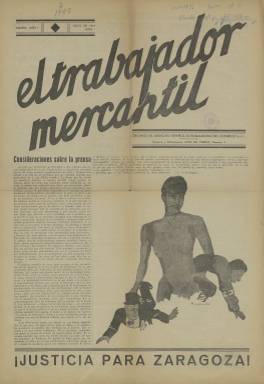
Título: El Trabajador mercantil
Colección: Economía || Prensa sindical
Ámbito geográfico: Madrid
Lugar de publicación: Madrid
Fechas: 01/07/1933-30/09/1934